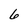
Character: 6